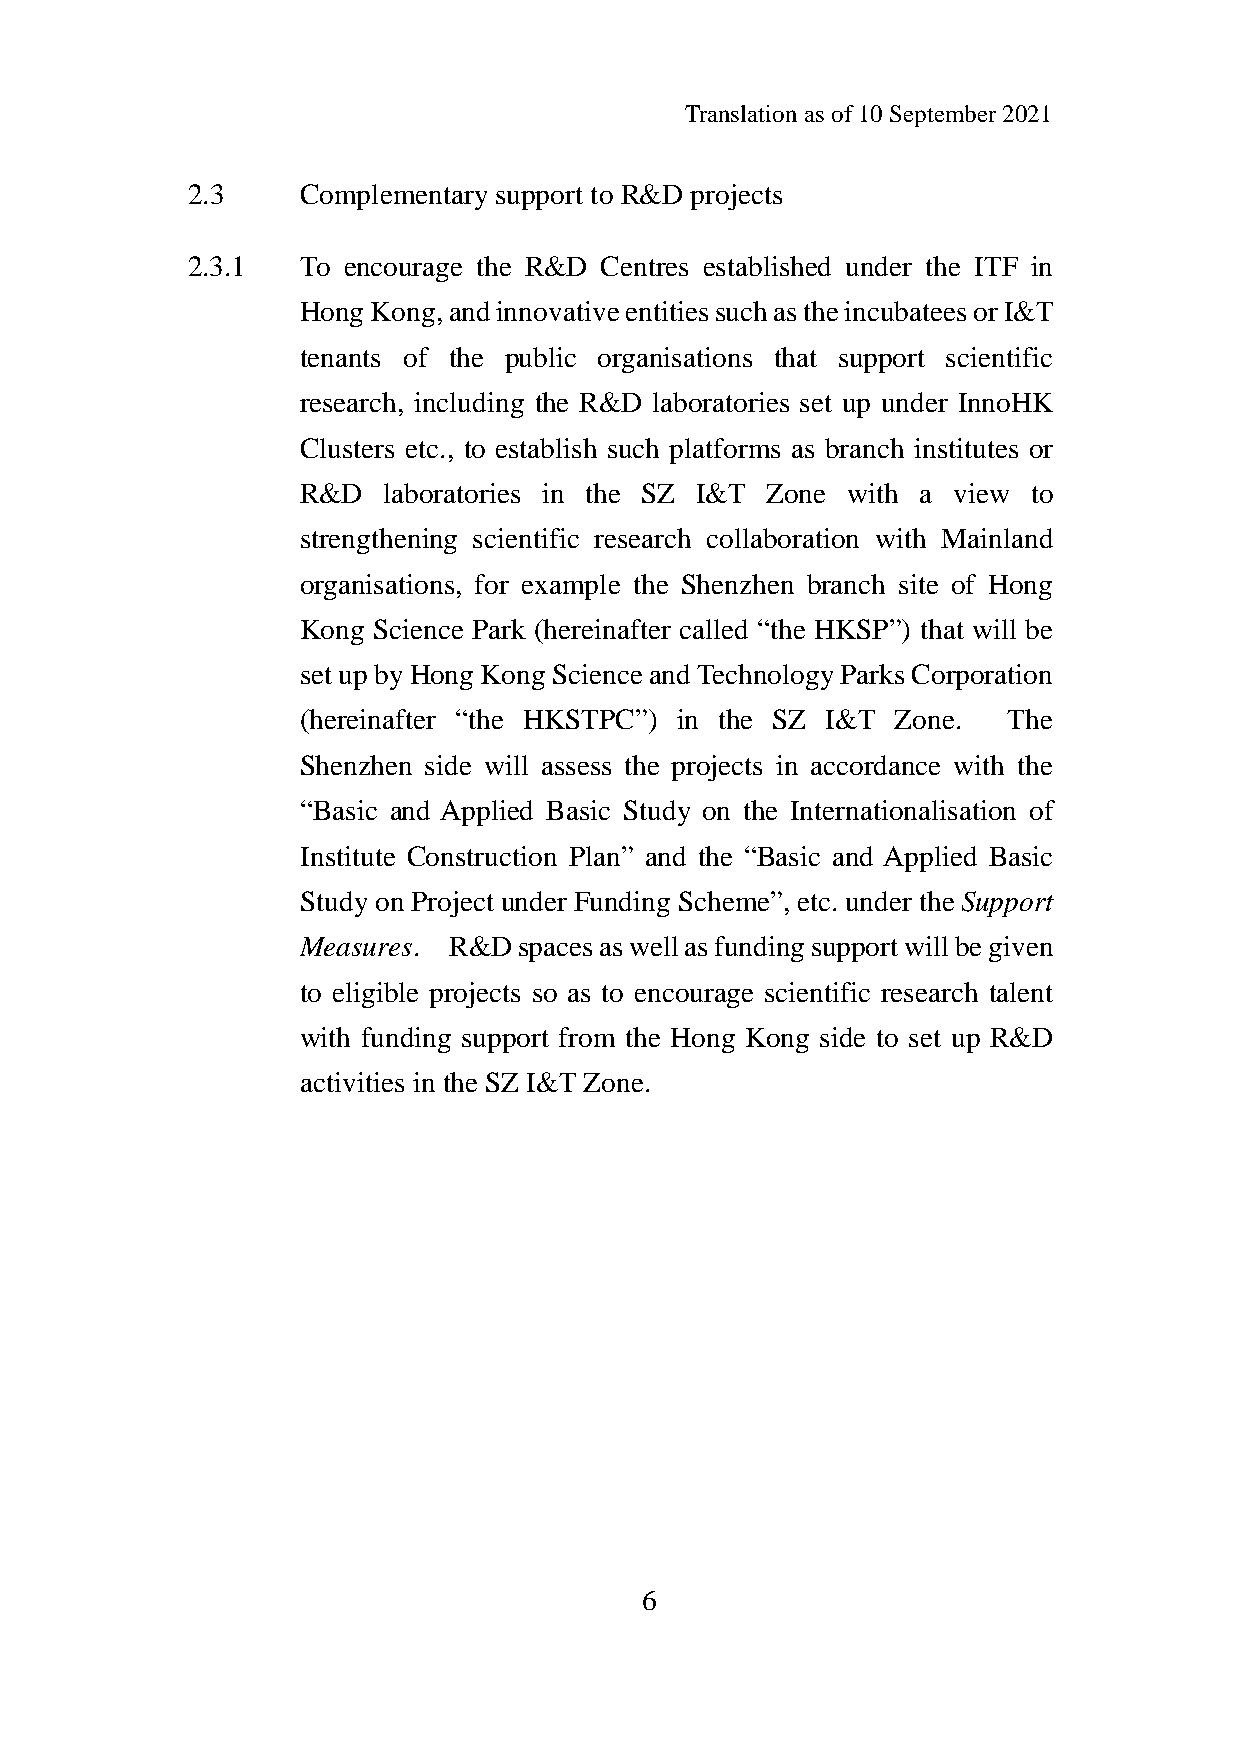
Translation as of 10 September 2021
 2.3     Complementary support to R&D projects
 2.3.1   To encourage the R&D Centres established under the ITF in
 Hong Kong, and innovative entities such as the incubatees or I&T
 tenants of the public organisations that support scientific
 research, including the R&D laboratories set up under InnoHK
 Clusters etc., to establish such platforms as branch institutes or
 R&D  laboratories in the SZ I&T Zone with a view to
 strengthening scientific research collaboration with Mainland
 organisations, for example the Shenzhen branch site of Hong
 Kong Science Park (hereinafter called “the HKSP”) that will be
 set up by Hong Kong Science and Technology Parks Corporation
 (hereinafter “the HKSTPC”) in the SZ I&T Zone. The
 Shenzhen side will assess the projects in accordance with the
 “Basic and Applied Basic Study on the Internationalisation of
 Institute Construction Plan” and the “Basic and Applied Basic
 Study on Project under Funding Scheme”, etc. under the Support
 Measures. R&D spaces as well as funding support will be given
 to eligible projects so as to encourage scientific research talent
 with funding support from the Hong Kong side to set up R&D
 activities in the SZ I&T Zone.
 6